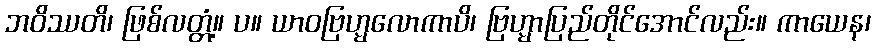
ဘဝိဿတိ၊ ဖြစ်လတ္တံ့။ ပ။ ယာဝဗြဟ္မလောကာပိ၊ ဗြဟ္မာပြည်တိုင်အောင်လည်း။ ကာယေန၊